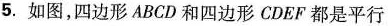
5.如图，四边形ABCD和四边形CDEF都是平行